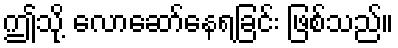
ဤသို့ လောဆော်နေရခြင်း ဖြစ်သည်။